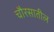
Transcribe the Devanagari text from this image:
चौरसातील